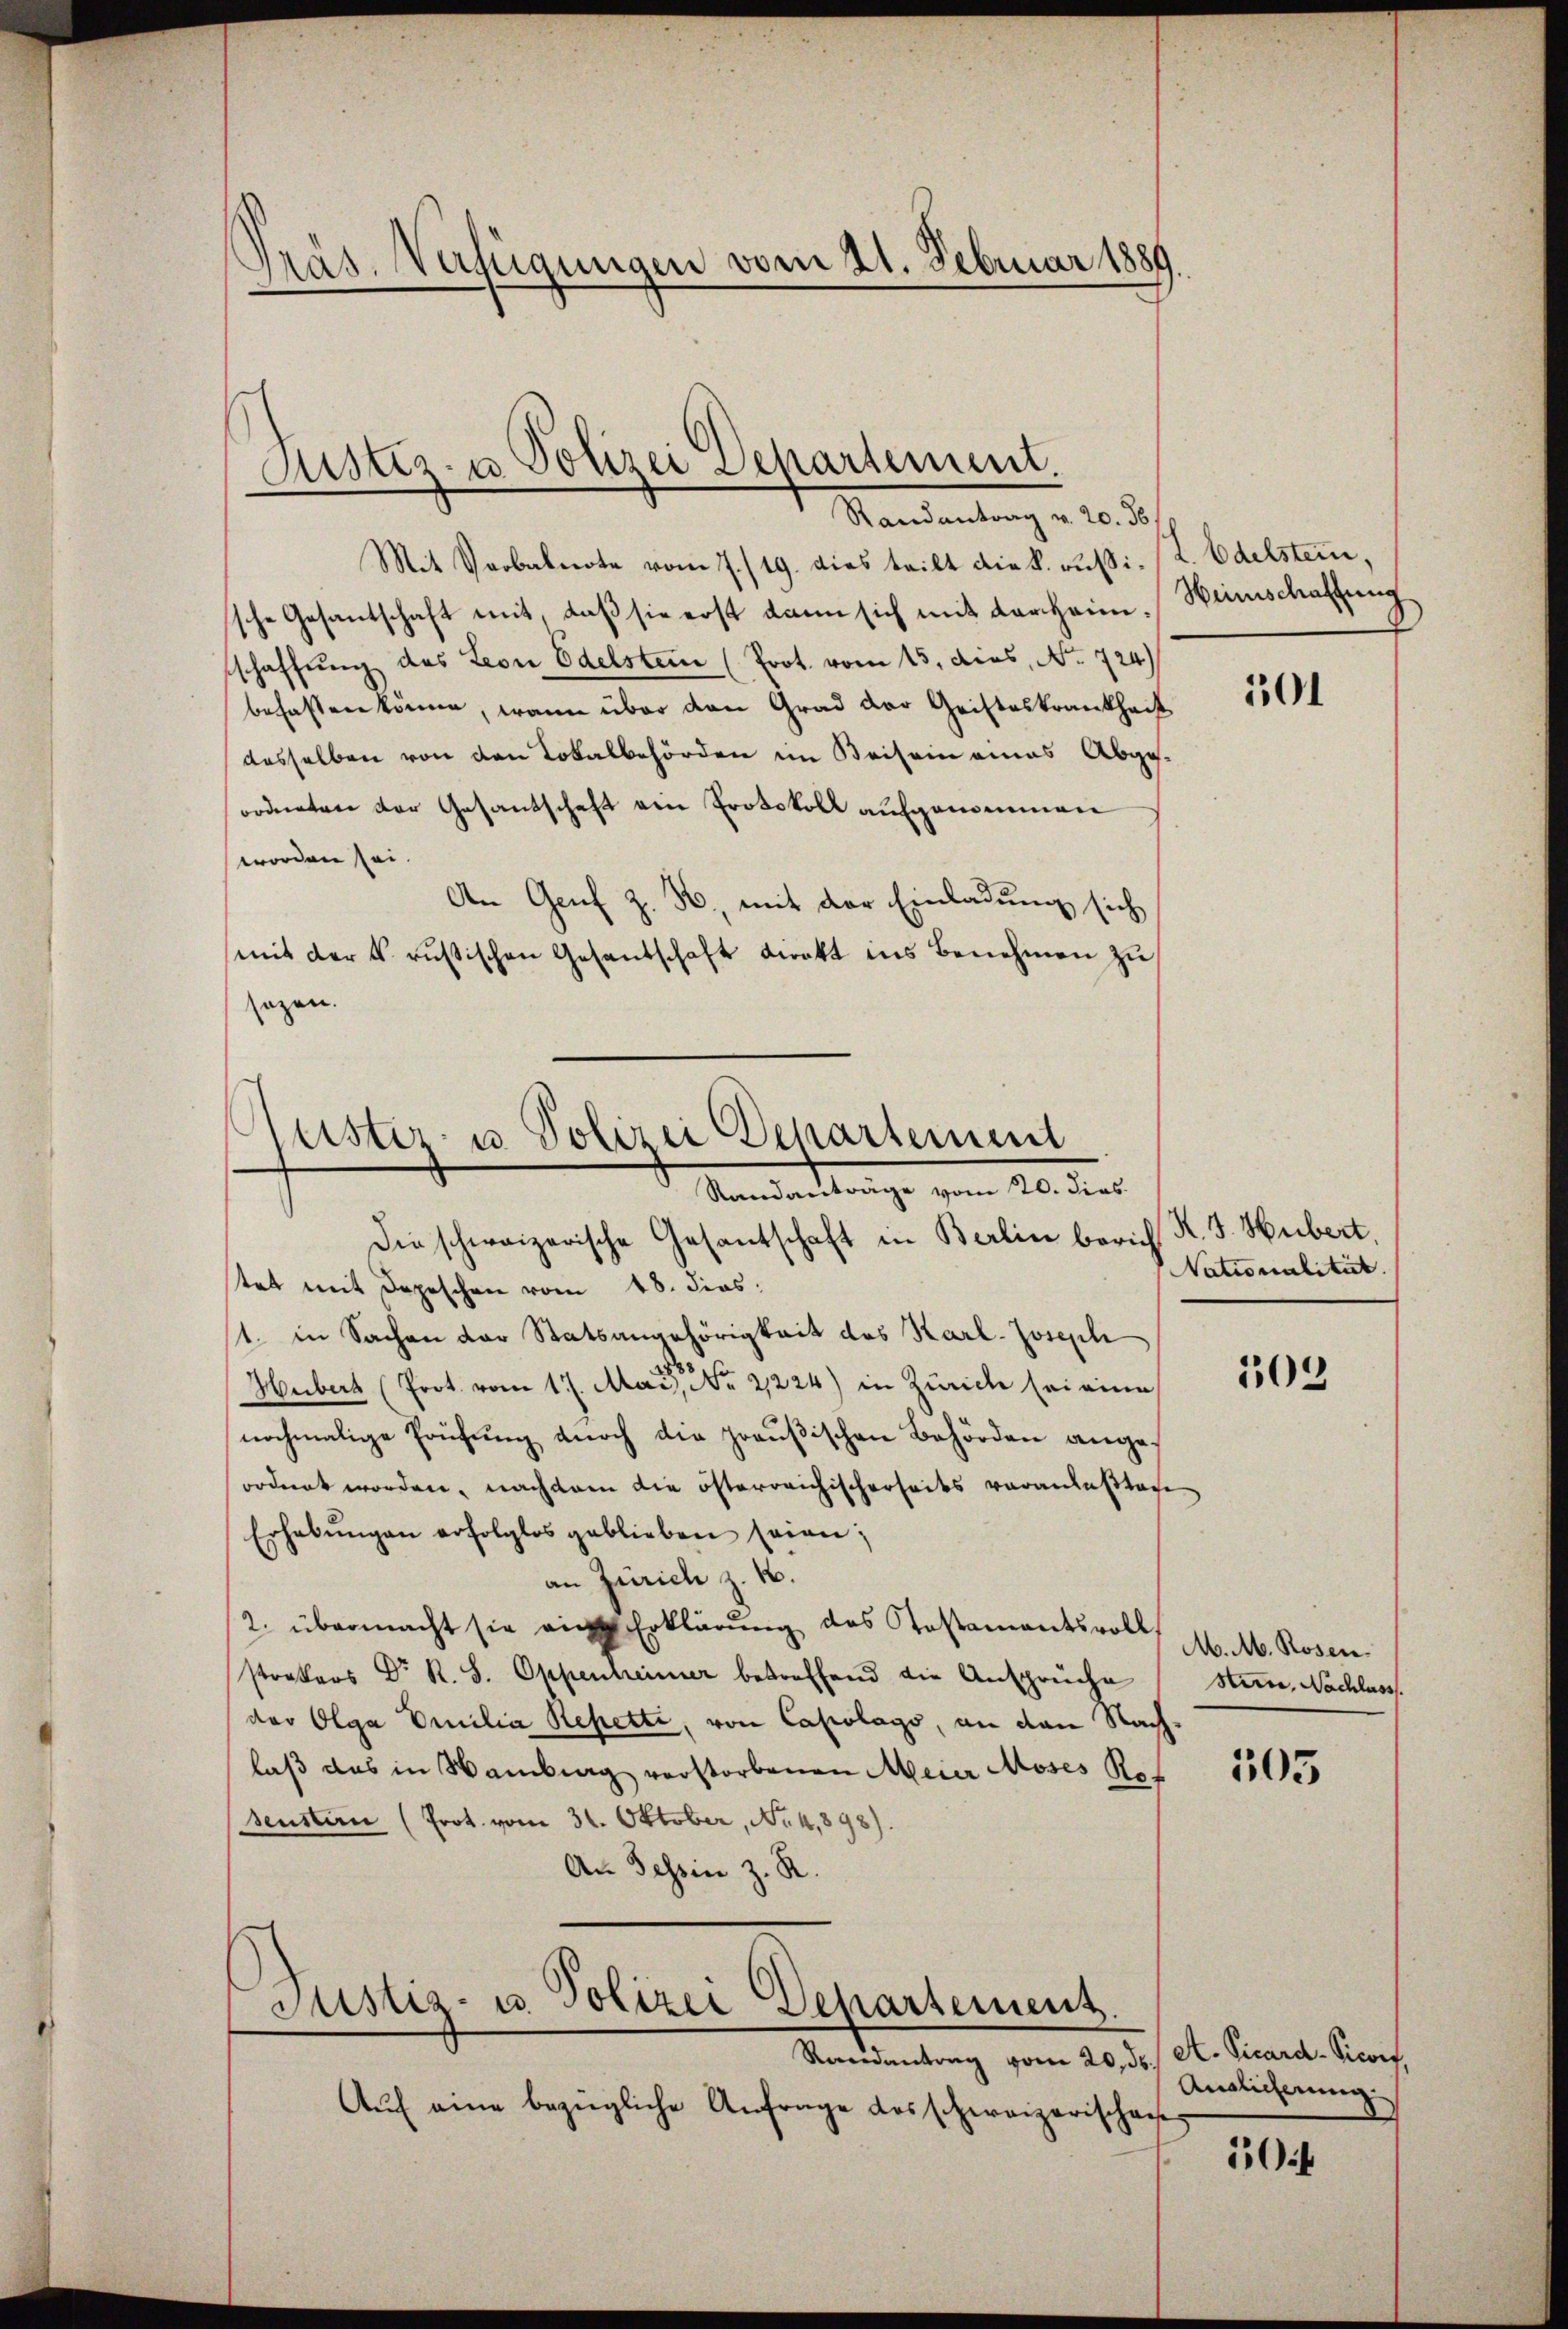
räs. Verfügungen vom 21. Februar 1889.
.

Justiz- u Polizei Departement.
Randantrag v. 20. 36

Mit Verbalierte vom 7./19. dies teilt die k. russissche Gesantschaft mit, daß sie erst dann sich mit Karheimschaffŭng des Leon Edelstein (Prot. vom 15. dies, No. 724
befasten könne, wenn über den Grad der Geisteskrankheit
desselben von den Lokalbehörden im Keisein eines Abgeordneten der Gesandschaft ein Protokoll aufgemeinen
worden sei.
An Genf z. B., mit der Einladung sich
mit der k. russischen Gesantschaft direkt ins Benehmen zu
sagen.

Justiz- u. Polizei Departement
Standanträge vom 20. dies

Die schweizerische Gesantschaft in Berlin berich K. J. Hubert,
tet mit Depeschen vom 18. dies
11. in Sachen der Statsangehörigkeit des Karl-Josephi
.
Hubert (Prot. vom 17. Mai, No 21224) in Zürich sei eine
nochmalige Prüfung durch die preußischen Behörden angeordnet worden, nachdem die österreichischerseits veranlaßten
Erhebŭngen erfolglos geblieben seien;
an Zürich z. B.
2. übermacht sie ein Erklärung des Testamentsvoll
strators Dr. R. S. Oppenheimer betreffend die Ansprüche Stein, Nachlass
der Olga Emilia Repetti, von Capolags, an den Nachlaß das in Wantrag verstorbenen Meier Moses Rot
seustern (Prot. vom 31. Oktober, No 4,898).
An Tessin z. R.

Justiz- u. Polizei Departement.
Randantrag vom 20. ds. A. Vicard-Picorf,

Aŭf eine bezügliche Anfrage dos schweizerischaf

L. Edelstein,
Heimschaftung

101

Nationalität.

502

M. M. Rosen.

505

Anglicherung

0